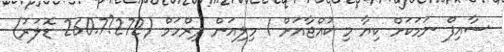
ސާއިފް ނަމަކަށް ކިޔާ މި ކުއްޖާއަށް 1 މިލިއަން ދިރްހަމް (272?260.7 ޑޮލަރު)